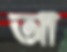
আ